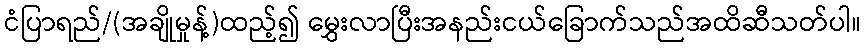
ငံပြာရည်/(အချိုမှုန့်)ထည့်၍ မွှေးလာပြီးအနည်းငယ်ခြောက်သည်အထိဆီသတ်ပါ။